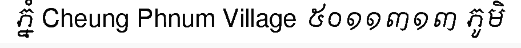
ភ្នំ Cheung Phnum Village ៥០១១៣១៣ ភូមិ